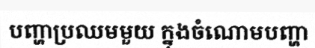
បញ្ហាប្រឈមមួយ ក្នុងចំណោមបញ្ហា